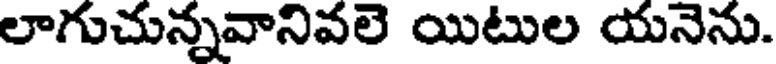
లాగుచున్నవానివలె యిటుల యనెను.